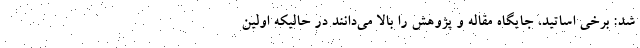
شد: برخی اساتید، جایگاه مقاله و پژوهش را بالا می‌دانند در حالیکه اولین